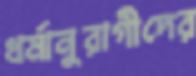
ধর্মানুরাগীদের